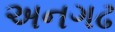
અનગઢ